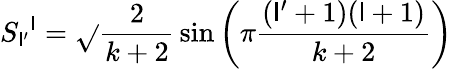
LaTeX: S_{\mathsf{l}^{\prime}}{}^{\mathsf{l}}=\sqrt{}{{{\frac{{2}}{{k+2}}}}}\sin\left(\pi{\frac{{(\mathsf{l}^{\prime}+1)(\mathsf{l}+1)}}{{k+2}}}\right)